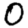
Digit: 0